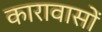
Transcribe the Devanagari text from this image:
कारावासों